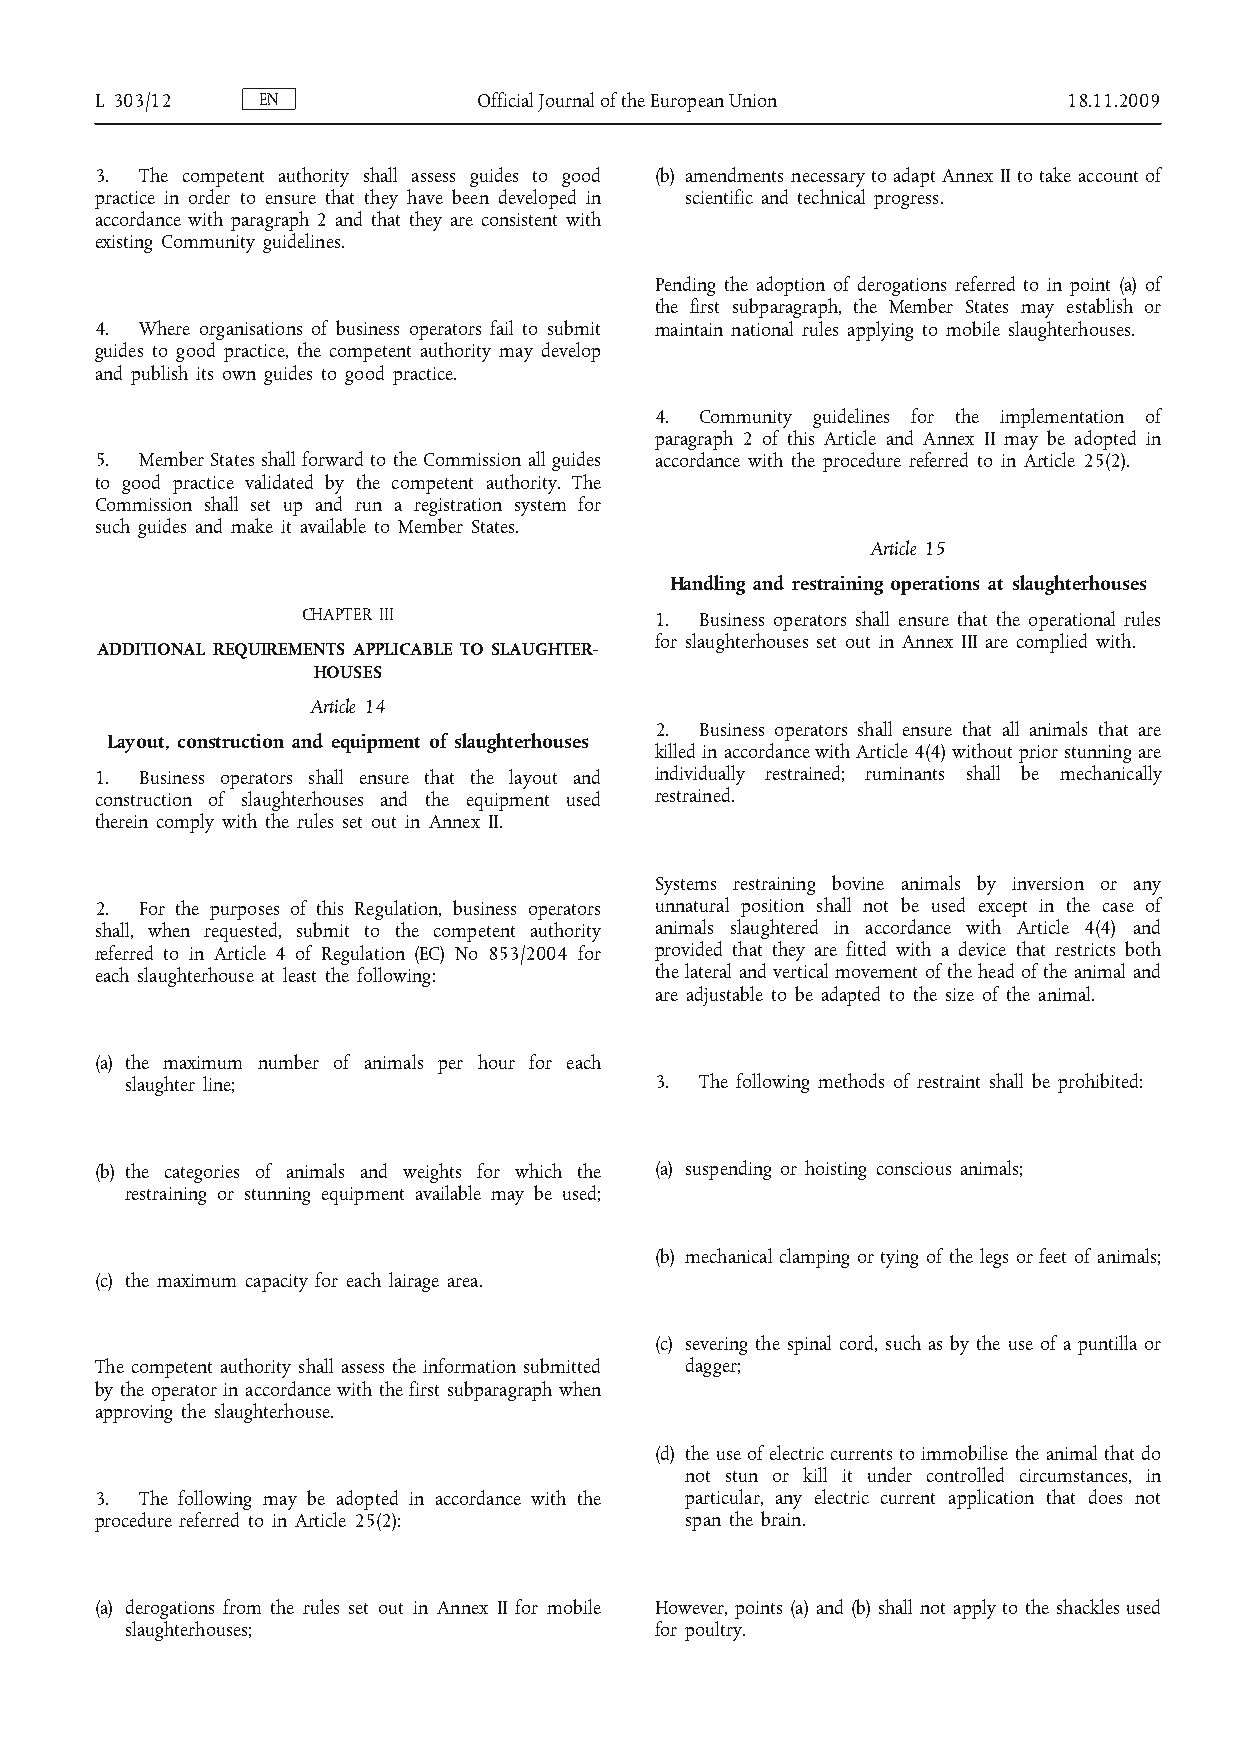
L 303/12   EN             Official Journal of the European Union 18.11.2009
 3. The competent authority shall assess guides to good (b) amendments necessary to adapt Annex II to take account of
 practice in order to ensure that they have been developed in scientific and technical progress.
 accordance with paragraph 2 and that they are consistent with
 existing Community guidelines.
 Pending the adoption of derogations referred to in point (a) of
 the first subparagraph, the Member States may establish or
 4. Where organisations of business operators fail to submit maintain national rules applying to mobile slaughterhouses.
 guides to good practice, the competent authority may develop
 and publish its own guides to good practice.
 4. Community guidelines for the implementation of
 paragraph 2 of this Article and Annex II may be adopted in
 5. Member States shall forward to the Commission all guides accordance with the procedure referred to in Article 25(2).
 to good practice validated by the competent authority. The
 Commission shall set up and run a registration system for
 such guides and make it available to Member States.
 Article 15
 Handling and restraining operations at slaughterhouses
 CHAPTER III            1. Business operators shall ensure that the operational rules
 for slaughterhouses set out in Annex III are complied with.
 ADDITIONAL REQUIREMENTS APPLICABLE TO SLAUGHTER­
 HOUSES
 Article 14
 2. Business operators shall ensure that all animals that are
 Layout, construction and equipment of slaughterhouses
 killed in accordance with Article 4(4) without prior stunning are
 1. Business operators shall ensure that the layout and individually restrained; ruminants shall be mechanically
 construction of slaughterhouses and the equipment used restrained.
 therein comply with the rules set out in Annex II.
 Systems restraining bovine animals by inversion or any
 2. For the purposes of this Regulation, business operators unnatural position shall not be used except in the case of
 shall, when requested, submit to the competent authority animals slaughtered in accordance with Article 4(4) and
 referred to in Article 4 of Regulation (EC) No 853/2004 for provided that they are fitted with a device that restricts both
 each slaughterhouse at least the following: the lateral and vertical movement of the head of the animal and
 are adjustable to be adapted to the size of the animal.
 (a) the maximum number of animals per hour for each
 slaughter line;                    3. The following methods of restraint shall be prohibited:
 (b) the categories of animals and weights for which the (a) suspending or hoisting conscious animals;
 restraining or stunning equipment available may be used;
 (b) mechanical clamping or tying of the legs or feet of animals;
 (c) the maximum capacity for each lairage area.
 (c) severing the spinal cord, such as by the use of a puntilla or
 The competent authority shall assess the information submitted dagger;
 by the operator in accordance with the first subparagraph when
 approving the slaughterhouse.
 (d) the use of electric currents to immobilise the animal that do
 not stun or kill it under controlled circumstances, in
 3. The following may be adopted in accordance with the particular, any electric current application that does not
 procedure referred to in Article 25(2): span the brain.
 (a) derogations from the rules set out in Annex II for mobile However, points (a) and (b) shall not apply to the shackles used
 slaughterhouses;                   for poultry.